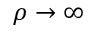
\rho \to \infty